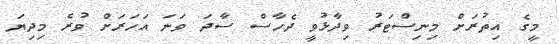
މީގެ އިތުރަށް މިނިސްޓަރު ވިދާޅުވީ ދެހާސް ސާދަ ވަނަ އަހަރަށް ވުރެ މިދިޔަ